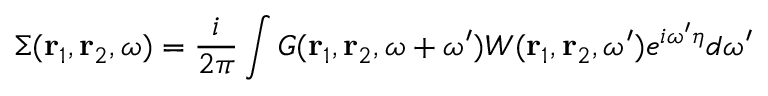
\Sigma ( \mathbf { r } _ { 1 } , \mathbf { r } _ { 2 } , \omega ) = \frac { i } { 2 \pi } \int G ( \mathbf { r } _ { 1 } , \mathbf { r } _ { 2 } , \omega + \omega ^ { \prime } ) W ( \mathbf { r } _ { 1 } , \mathbf { r } _ { 2 } , \omega ^ { \prime } ) e ^ { i \omega ^ { \prime } \eta } d \omega ^ { \prime }